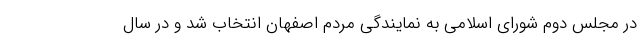
در مجلس دوم شورای اسلامی به نمایندگی مردم اصفهان انتخاب شد و در سال